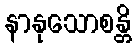
နာနုသောစန္တိ